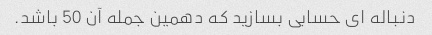
دنباله ای حسابی بسازید که دهمین جمله آن 50 باشد.